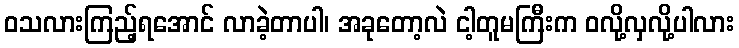
ဝသလားကြည့်ရအောင် လာခဲ့တာပါ၊ အခုတော့လဲ ငါ့တူမကြီးက ဝလို့လှလို့ပါလား